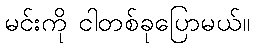
မင်းကို ငါတစ်ခုပြောမယ်။